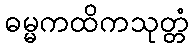
ဓမ္မကထိကသုတ္တံ